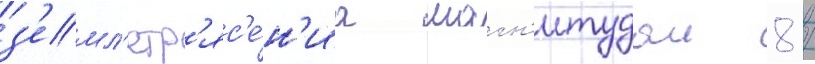
з'емл'етр'яс'е́н'иа магн'итудои 8 /